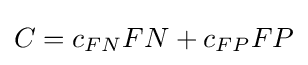
C=c_{FN}FN+c_{FP}FP